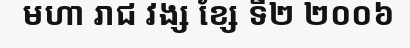
មហា រាជ វង្ស ខ្សែ ទី២ ២០០៦